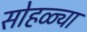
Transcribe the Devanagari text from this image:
सोहळ्या